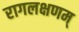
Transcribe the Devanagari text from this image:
रागलक्षणम्